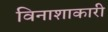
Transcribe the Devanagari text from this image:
विनाशाकारी